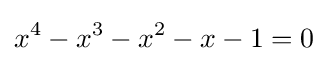
x^{4}-x^{3}-x^{2}-x-1=0